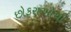
છોકરાઓથી